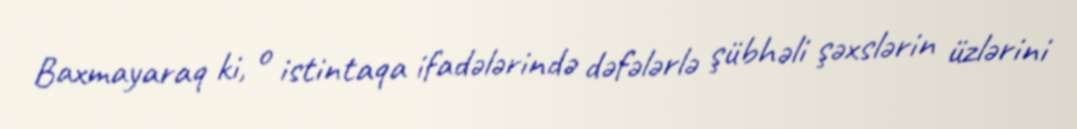
Baxmayaraq ki, o istintaqa ifadələrində dəfələrlə şübhəli şəxslərin üzlərini